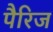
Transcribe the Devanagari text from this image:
पैरिज